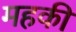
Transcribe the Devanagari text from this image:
महकी